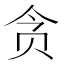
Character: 贪